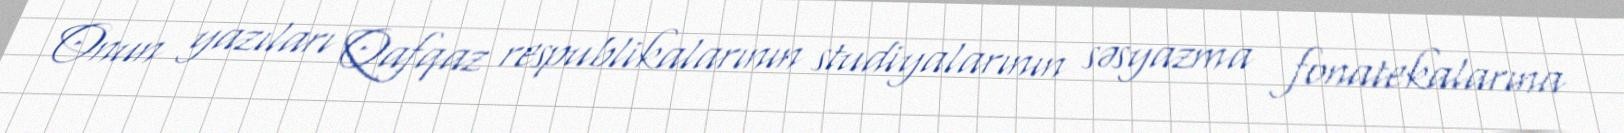
Onun yazıları Qafqaz respublikalarının studiyalarının səsyazma fonatekalarına